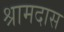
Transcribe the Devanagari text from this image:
श्रामदास